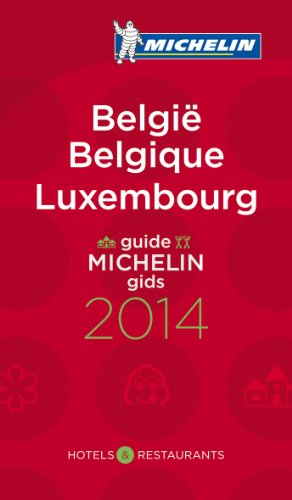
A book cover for Michelin Guide Belgique Luxembourg 2014 (Michelin Guides); Travel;